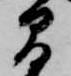
間